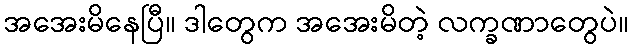
အအေးမိနေပြီ။ ဒါတွေက အအေးမိတဲ့ လက္ခဏာတွေပဲ။